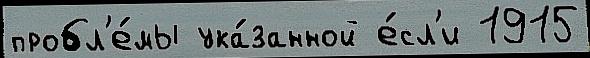
пробл'е́мы ука́занной е́сл'и 1915